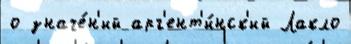
о значе́н'ий арг'ент'и́нск'ий Лакло